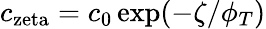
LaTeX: c_{\mathrm{zeta}}=c_{0}\exp(-\zeta/\phi_{T})